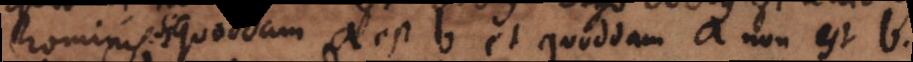
hominis. quoddam a est b et quoddam a non est b,